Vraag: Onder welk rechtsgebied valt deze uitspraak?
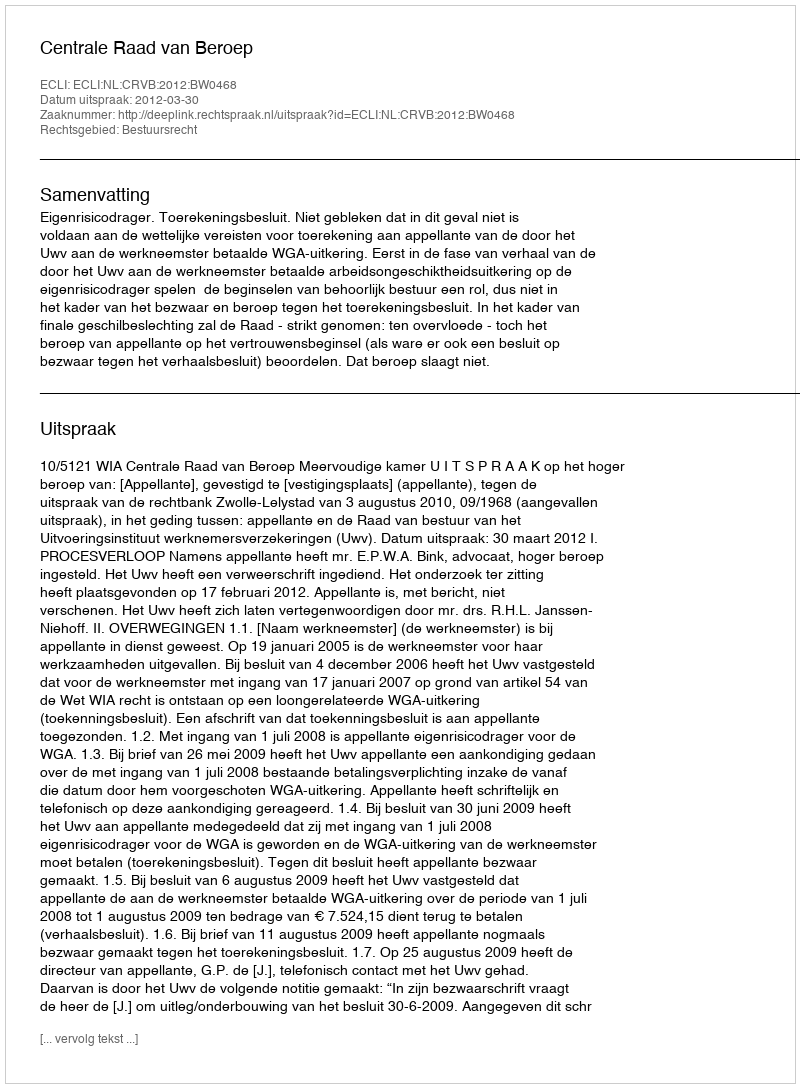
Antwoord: Bestuursrecht